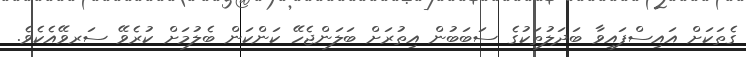
ގެތަކަށް އައިސްފައިވާ ބަދަލުތަކުގެ ސަބަބުން އިތުރަށް ބަލަންޖެހޭ ކަންކަން ބެލުމަށް ކުރެވޭ ސަރވޭއެކެވެ.